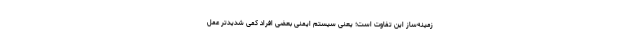
زمینه‌ساز این تفاوت است؛ یعنی سیستم ایمنی بعضی افراد کمی شدیدتر عمل